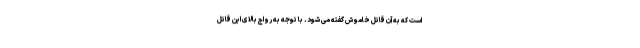
است که به آن قاتل خاموش گفته می شود. با توجه به رواج بالای این قاتل